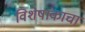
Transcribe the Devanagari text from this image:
विशेषांकाचा